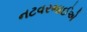
નટવરભાઈએ